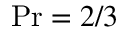
\mathrm { P r } = 2 / 3